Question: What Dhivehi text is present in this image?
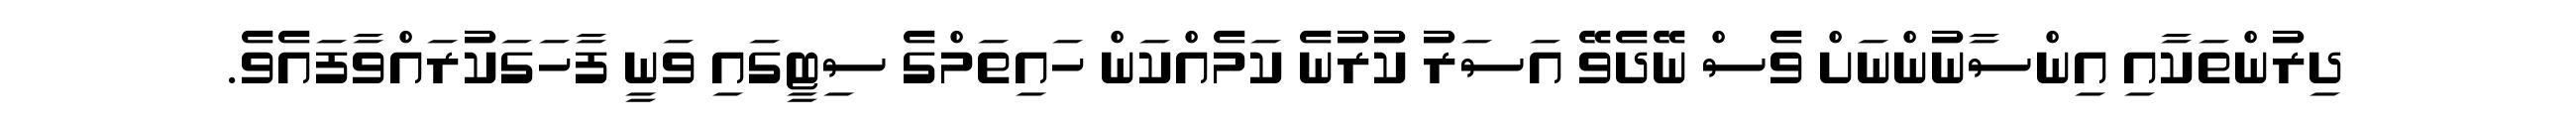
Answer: ދިރުންތަކާއި އިންސާނުންނަށް ވެސް ނޭދެވޭ އަސަރު ކުރުނެ ކަމެއްކަން ހައިތަމްގެ ސިޓީގައި ވަނީ ފާހަގަކުރައްވާފައެވެ.